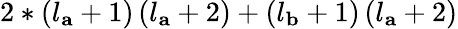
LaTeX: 2*\left(l_{\mathbf{a}}+1\right)\left(l_{\mathbf{a}}+2\right)+\left(l_{\mathbf{b}}+1\right)\left(l_{\mathbf{a}}+2\right)